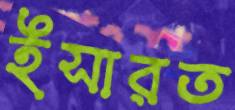
ইসারত